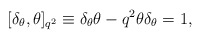
\begin{align*}\lbrack \delta _\theta ,\theta ]_{q^2} \equiv \delta _\theta \theta -q^2\theta\delta _\theta =1,\end{align*}